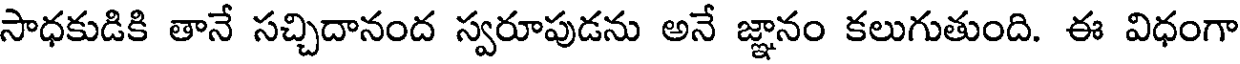
సాధకుడికి తానే సచ్చిదానంద స్వరూపుడను అనే జ్ఞానం కలుగుతుంది. ఈ విధంగా